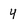
Character: 4